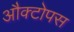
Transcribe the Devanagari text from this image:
औक्टोपस